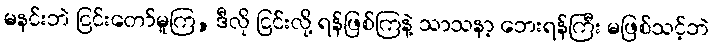
မနင်းဘဲ ငြင်းတော်မူကြ, ဒီလို ငြင်းလို့ ရန်ဖြစ်ကြနဲ့ သာသနာ့ ဘေးရန်ကြီး မဖြစ်သင့်ဘဲ